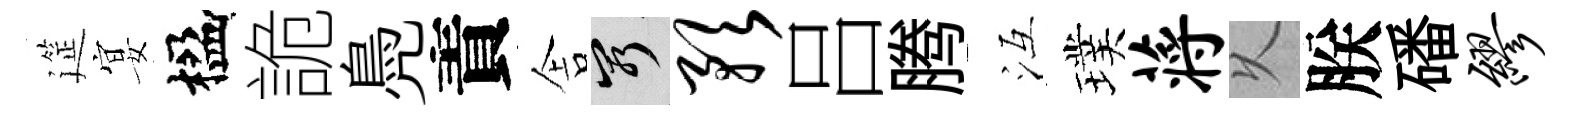
筵宴楹詭鳧責舎窮预吕腾冱璞蒋乆朕磻缪